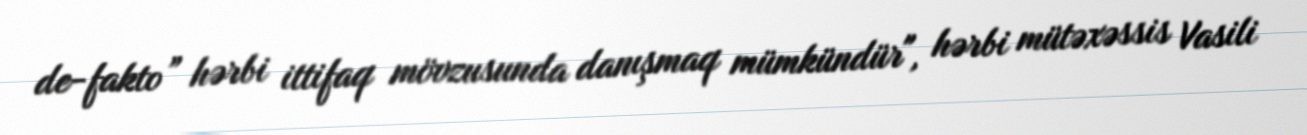
de-fakto” hərbi ittifaq mövzusunda danışmaq mümkündür", hərbi mütəxəssis Vasili